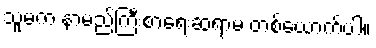
သူမက နာမည်ကြီးစာရေးဆရာမ တစ်ယောက်ပါ။